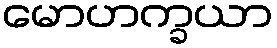
မောဟက္ခယာ